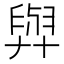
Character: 𦥸